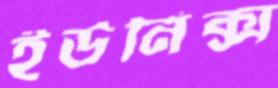
ইউনিক্স